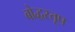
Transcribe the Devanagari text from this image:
बोद्धस्तूप